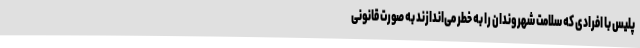
پلیس با افرادی که سلامت شهروندان را به خطر می‌اندازند به صورت قانونی